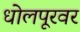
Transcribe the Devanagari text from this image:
धोलपूरवर